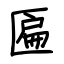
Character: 匾